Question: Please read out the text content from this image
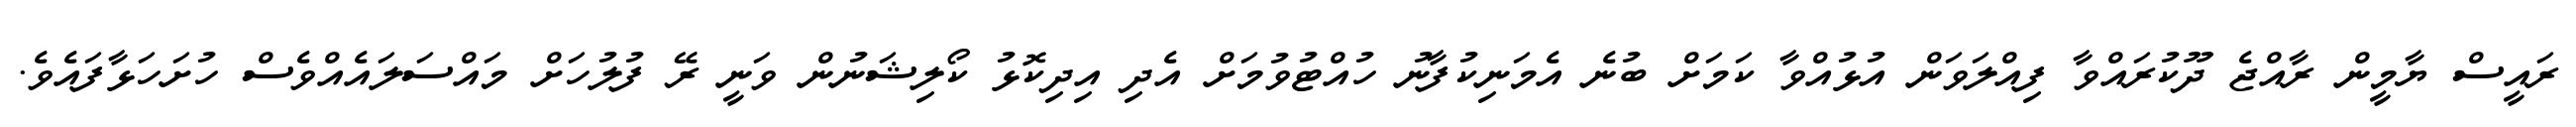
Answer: ރައީސް ޔާމީން ރާއްޖެ ދޫކުރައްވާ ފިއްލަވަން އުޅުއްވާ ކަމަށް ބުނެ އެމަނިކުފާނު ހުއްޓުވުމަށް އެދި އިދިކޮޅު ކޯލިޝަނުން ވަނީ ރޭ ފުލުހަށް މައްސަލައެއްވެސް ހުށަހަޅާފައެވެ.